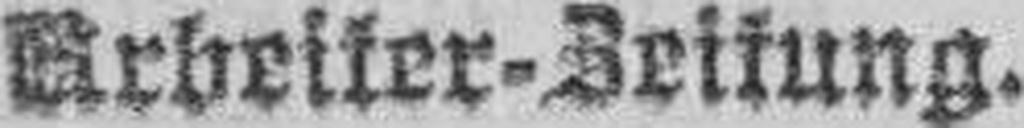
Arbeiter-Zeitung.